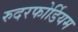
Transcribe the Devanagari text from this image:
रुदरफोर्डियम